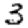
Digit: 3